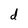
Character: d